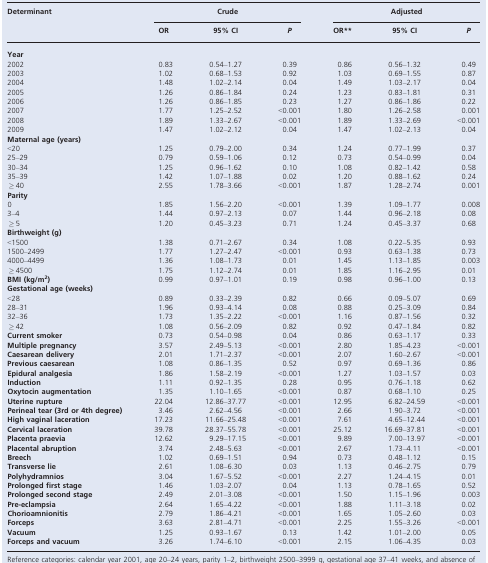
<table><thead><tr><td><b>Determinant</b></td><td colspan="3"><b>Crude</b></td><td colspan="3"><b>Adjusted</b></td></tr><tr><td></td><td><b>OR</b></td><td><b>95% CI</b></td><td><b><i>P</i></b></td><td><b>OR**</b></td><td><b>95% CI</b></td><td><b><i>P</i></b></td></tr></thead><tbody><tr><td colspan="7"><b>Year</b></td></tr><tr><td>2002</td><td>0.83</td><td>0.54–1.27</td><td>0.39</td><td>0.86</td><td>0.56–1.32</td><td>0.49</td></tr><tr><td>2003</td><td>1.02</td><td>0.68–1.53</td><td>0.92</td><td>1.03</td><td>0.69–1.55</td><td>0.87</td></tr><tr><td>2004</td><td>1.48</td><td>1.02–2.14</td><td>0.04</td><td>1.49</td><td>1.03–2.17</td><td>0.04</td></tr><tr><td>2005</td><td>1.26</td><td>0.86–1.84</td><td>0.24</td><td>1.23</td><td>0.83–1.81</td><td>0.31</td></tr><tr><td>2006</td><td>1.26</td><td>0.86–1.85</td><td>0.23</td><td>1.27</td><td>0.86–1.86</td><td>0.22</td></tr><tr><td>2007</td><td>1.77</td><td>1.25–2.52</td><td>&lt;0.001</td><td>1.80</td><td>1.26–2.58</td><td>0.001</td></tr><tr><td>2008</td><td>1.89</td><td>1.33–2.67</td><td>&lt;0.001</td><td>1.89</td><td>1.33–2.69</td><td>&lt;0.001</td></tr><tr><td>2009</td><td>1.47</td><td>1.02–2.12</td><td>0.04</td><td>1.47</td><td>1.02–2.13</td><td>0.04</td></tr><tr><td colspan="7"><b>Maternal age (years)</b></td></tr><tr><td>&lt;20</td><td>1.25</td><td>0.79–2.00</td><td>0.34</td><td>1.24</td><td>0.77–1.99</td><td>0.37</td></tr><tr><td>25–29</td><td>0.79</td><td>0.59–1.06</td><td>0.12</td><td>0.73</td><td>0.54–0.99</td><td>0.04</td></tr><tr><td>30–34</td><td>1.25</td><td>0.96–1.62</td><td>0.10</td><td>1.08</td><td>0.82–1.42</td><td>0.58</td></tr><tr><td>35–39</td><td>1.42</td><td>1.07–1.88</td><td>0.02</td><td>1.20</td><td>0.88–1.62</td><td>0.24</td></tr><tr><td>≥40</td><td>2.55</td><td>1.78–3.66</td><td>&lt;0.001</td><td>1.87</td><td>1.28–2.74</td><td>0.001</td></tr><tr><td colspan="7"><b>Parity</b></td></tr><tr><td>0</td><td>1.85</td><td>1.56–2.20</td><td>&lt;0.001</td><td>1.39</td><td>1.09–1.77</td><td>0.008</td></tr><tr><td>3–4</td><td>1.44</td><td>0.97–2.13</td><td>0.07</td><td>1.44</td><td>0.96–2.18</td><td>0.08</td></tr><tr><td>≥5</td><td>1.20</td><td>0.45–3.23</td><td>0.71</td><td>1.24</td><td>0.45–3.37</td><td>0.68</td></tr><tr><td colspan="7"><b>Birthweight (g)</b></td></tr><tr><td>&lt;1500</td><td>1.38</td><td>0.71–2.67</td><td>0.34</td><td>1.08</td><td>0.22–5.35</td><td>0.93</td></tr><tr><td>1500–2499</td><td>1.77</td><td>1.27–2.47</td><td>&lt;0.001</td><td>0.93</td><td>0.63–1.38</td><td>0.73</td></tr><tr><td>4000–4499</td><td>1.36</td><td>1.08–1.73</td><td>0.01</td><td>1.45</td><td>1.13–1.85</td><td>0.003</td></tr><tr><td>≥4500</td><td>1.75</td><td>1.12–2.74</td><td>0.01</td><td>1.85</td><td>1.16–2.95</td><td>0.01</td></tr><tr><td><b>BMI (kg/m</b><sup><b>2</b></sup><b>)</b></td><td>0.99</td><td>0.97–1.01</td><td>0.19</td><td>0.98</td><td>0.96–1.00</td><td>0.13</td></tr><tr><td colspan="7"><b>Gestational age (weeks)</b></td></tr><tr><td>&lt;28</td><td>0.89</td><td>0.33–2.39</td><td>0.82</td><td>0.66</td><td>0.09–5.07</td><td>0.69</td></tr><tr><td>28–31</td><td>1.96</td><td>0.93–4.14</td><td>0.08</td><td>0.88</td><td>0.25–3.09</td><td>0.84</td></tr><tr><td>32–36</td><td>1.73</td><td>1.35–2.22</td><td>&lt;0.001</td><td>1.16</td><td>0.87–1.56</td><td>0.32</td></tr><tr><td>≥42</td><td>1.08</td><td>0.56–2.09</td><td>0.82</td><td>0.92</td><td>0.47–1.84</td><td>0.82</td></tr><tr><td><b>Current smoker</b></td><td>0.73</td><td>0.54–0.98</td><td>0.04</td><td>0.86</td><td>0.63–1.17</td><td>0.33</td></tr><tr><td><b>Multiple pregnancy</b></td><td>3.57</td><td>2.49–5.13</td><td>&lt;0.001</td><td>2.80</td><td>1.85–4.23</td><td>&lt;0.001</td></tr><tr><td><b>Caesarean delivery</b></td><td>2.01</td><td>1.71–2.37</td><td>&lt;0.001</td><td>2.07</td><td>1.60–2.67</td><td>&lt;0.001</td></tr><tr><td><b>Previous caesarean</b></td><td>1.08</td><td>0.86–1.35</td><td>0.52</td><td>0.97</td><td>0.69–1.36</td><td>0.86</td></tr><tr><td><b>Epidural analgesia</b></td><td>1.86</td><td>1.58–2.19</td><td>&lt;0.001</td><td>1.27</td><td>1.03–1.57</td><td>0.03</td></tr><tr><td><b>Induction</b></td><td>1.11</td><td>0.92–1.35</td><td>0.28</td><td>0.95</td><td>0.76–1.18</td><td>0.62</td></tr><tr><td><b>Oxytocin augmentation</b></td><td>1.35</td><td>1.10–1.65</td><td>&lt;0.001</td><td>0.87</td><td>0.68–1.10</td><td>0.25</td></tr><tr><td><b>Uterine rupture</b></td><td>22.04</td><td>12.86–37.77</td><td>&lt;0.001</td><td>12.95</td><td>6.82–24.59</td><td>&lt;0.001</td></tr><tr><td><b>Perineal tear (3rd or 4th degree)</b></td><td>3.46</td><td>2.62–4.56</td><td>&lt;0.001</td><td>2.66</td><td>1.90–3.72</td><td>&lt;0.001</td></tr><tr><td><b>High vaginal laceration</b></td><td>17.23</td><td>11.66–25.48</td><td>&lt;0.001</td><td>7.61</td><td>4.65–12.44</td><td>&lt;0.001</td></tr><tr><td><b>Cervical laceration</b></td><td>39.78</td><td>28.37–55.78</td><td>&lt;0.001</td><td>25.12</td><td>16.69–37.81</td><td>&lt;0.001</td></tr><tr><td><b>Placenta praevia</b></td><td>12.62</td><td>9.29–17.15</td><td>&lt;0.001</td><td>9.89</td><td>7.00–13.97</td><td>&lt;0.001</td></tr><tr><td><b>Placental abruption</b></td><td>3.74</td><td>2.48–5.63</td><td>&lt;0.001</td><td>2.67</td><td>1.73–4.11</td><td>&lt;0.001</td></tr><tr><td><b>Breech</b></td><td>1.02</td><td>0.69–1.51</td><td>0.94</td><td>0.73</td><td>0.48–1.12</td><td>0.15</td></tr><tr><td><b>Transverse lie</b></td><td>2.61</td><td>1.08–6.30</td><td>0.03</td><td>1.13</td><td>0.46–2.75</td><td>0.79</td></tr><tr><td><b>Polyhydramnios</b></td><td>3.04</td><td>1.67–5.52</td><td>&lt;0.001</td><td>2.27</td><td>1.24–4.15</td><td>0.01</td></tr><tr><td><b>Prolonged first stage</b></td><td>1.46</td><td>1.03–2.07</td><td>0.04</td><td>1.13</td><td>0.78–1.65</td><td>0.52</td></tr><tr><td><b>Prolonged second stage</b></td><td>2.49</td><td>2.01–3.08</td><td>&lt;0.001</td><td>1.50</td><td>1.15–1.96</td><td>0.003</td></tr><tr><td><b>Pre-eclampsia</b></td><td>2.64</td><td>1.65–4.22</td><td>&lt;0.001</td><td>1.88</td><td>1.11–3.18</td><td>0.02</td></tr><tr><td><b>Chorioamnionitis</b></td><td>2.79</td><td>1.86–4.21</td><td>&lt;0.001</td><td>1.65</td><td>1.05–2.60</td><td>0.03</td></tr><tr><td><b>Forceps</b></td><td>3.63</td><td>2.81–4.71</td><td>&lt;0.001</td><td>2.25</td><td>1.55–3.26</td><td>&lt;0.001</td></tr><tr><td><b>Vacuum</b></td><td>1.25</td><td>0.93–1.67</td><td>0.13</td><td>1.42</td><td>1.01–2.00</td><td>0.05</td></tr><tr><td><b>Forceps and vacuum</b></td><td>3.26</td><td>1.74–6.10</td><td>&lt;0.001</td><td>2.15</td><td>1.06–4.35</td><td>0.03</td></tr></tbody></table>